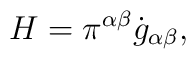
H = \pi^{\alpha\beta} \dot{g}_{\alpha\beta},